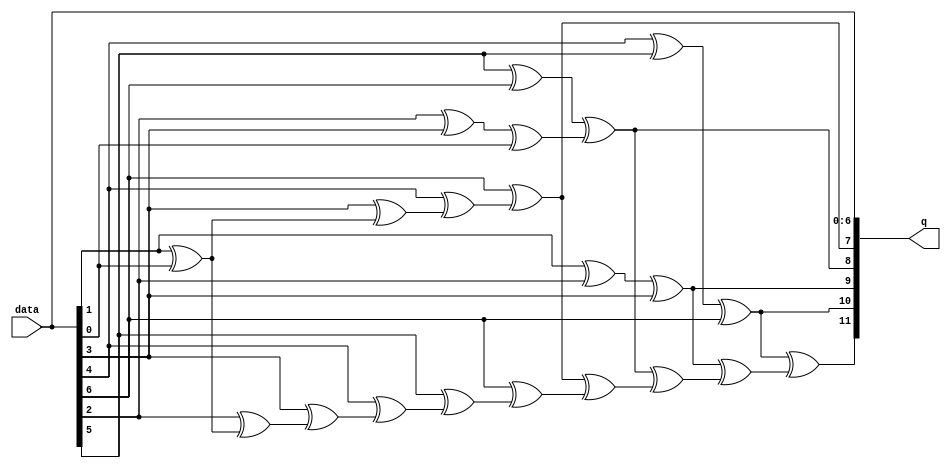
// megafunction wizard: %ALTECC%
// GENERATION: STANDARD
// VERSION: WM1.0
// MODULE: altecc_encoder 

// ============================================================
// Megafunction Name(s):
// 			altecc_encoder
//
// Simulation Library Files(s):
// 			
// ============================================================
// ************************************************************
// THIS IS A WIZARD-GENERATED FILE. DO NOT EDIT THIS FILE!
//
// 18.1.0 Build 625 09/12/2018 SJ Lite Edition
// ************************************************************


//Copyright (C) 2018  Intel Corporation. All rights reserved.
//Your use of Intel Corporation's design tools, logic functions 
//and other software and tools, and its AMPP partner logic 
//functions, and any output files from any of the foregoing 
//(including device programming or simulation files), and any 
//associated documentation or information are expressly subject 
//to the terms and conditions of the Intel Program License 
//Subscription Agreement, the Intel Quartus Prime License Agreement,
//the Intel FPGA IP License Agreement, or other applicable license
//agreement, including, without limitation, that your use is for
//the sole purpose of programming logic devices manufactured by
//Intel and sold by Intel or its authorized distributors.  Please
//refer to the applicable agreement for further details.


//altecc_encoder CBX_AUTO_BLACKBOX="ALL" device_family="Cyclone V" lpm_pipeline=0 width_codeword=12 width_dataword=7 data q
//VERSION_BEGIN 18.1 cbx_altecc_encoder 2018:09:12:13:04:24:SJ cbx_mgl 2018:09:12:13:10:36:SJ  VERSION_END
// synthesis VERILOG_INPUT_VERSION VERILOG_2001
// altera message_off 10463


//synthesis_resources = 
//synopsys translate_off
`timescale 1 ps / 1 ps
//synopsys translate_on
module  HammingIP_Enc_altecc_encoder_96b
	( 
	data,
	q) ;
	input   [6:0]  data;
	output   [11:0]  q;

	wire  [6:0]  data_wire;
	wire  [4:0]  parity_01_wire;
	wire  [2:0]  parity_02_wire;
	wire  [0:0]  parity_03_wire;
	wire  [0:0]  parity_04_wire;
	wire  [10:0]  parity_final_wire;
	wire  [11:0]  q_wire;

	assign
		data_wire = data,
		parity_01_wire = {(data_wire[6] ^ parity_01_wire[3]), (data_wire[4] ^ parity_01_wire[2]), (data_wire[3] ^ parity_01_wire[1]), (data_wire[1] ^ parity_01_wire[0]), data_wire[0]},
		parity_02_wire = {((data_wire[5] ^ data_wire[6]) ^ parity_02_wire[1]), ((data_wire[2] ^ data_wire[3]) ^ parity_02_wire[0]), data_wire[0]},
		parity_03_wire = {((data_wire[1] ^ data_wire[2]) ^ data_wire[3])},
		parity_04_wire = {((data_wire[4] ^ data_wire[5]) ^ data_wire[6])},
		parity_final_wire = {(q_wire[10] ^ parity_final_wire[9]), (q_wire[9] ^ parity_final_wire[8]), (q_wire[8] ^ parity_final_wire[7]), (q_wire[7] ^ parity_final_wire[6]), (q_wire[6] ^ parity_final_wire[5]), (q_wire[5] ^ parity_final_wire[4]), (q_wire[4] ^ parity_final_wire[3]), (q_wire[3] ^ parity_final_wire[2]), (q_wire[2] ^ parity_final_wire[1]), (q_wire[1] ^ parity_final_wire[0]), q_wire[0]},
		q = q_wire,
		q_wire = {parity_final_wire[10], parity_04_wire[0], parity_03_wire[0], parity_02_wire[2], parity_01_wire[4], data_wire};
endmodule //HammingIP_Enc_altecc_encoder_96b
//VALID FILE


// synopsys translate_off
`timescale 1 ps / 1 ps
// synopsys translate_on
module HammingIP_Enc (
	data,
	q);

	input	[6:0]  data;
	output	[11:0]  q;

	wire [11:0] sub_wire0;
	wire [11:0] q = sub_wire0[11:0];

	HammingIP_Enc_altecc_encoder_96b	HammingIP_Enc_altecc_encoder_96b_component (
				.data (data),
				.q (sub_wire0));

endmodule

// ============================================================
// CNX file retrieval info
// ============================================================
// Retrieval info: PRIVATE: INTENDED_DEVICE_FAMILY STRING "Cyclone V"
// Retrieval info: PRIVATE: SYNTH_WRAPPER_GEN_POSTFIX STRING "0"
// Retrieval info: LIBRARY: altera_mf altera_mf.altera_mf_components.all
// Retrieval info: CONSTANT: INTENDED_DEVICE_FAMILY STRING "Cyclone V"
// Retrieval info: CONSTANT: lpm_pipeline NUMERIC "0"
// Retrieval info: CONSTANT: width_codeword NUMERIC "12"
// Retrieval info: CONSTANT: width_dataword NUMERIC "7"
// Retrieval info: USED_PORT: data 0 0 7 0 INPUT NODEFVAL "data[6..0]"
// Retrieval info: USED_PORT: q 0 0 12 0 OUTPUT NODEFVAL "q[11..0]"
// Retrieval info: CONNECT: @data 0 0 7 0 data 0 0 7 0
// Retrieval info: CONNECT: q 0 0 12 0 @q 0 0 12 0
// Retrieval info: GEN_FILE: TYPE_NORMAL HammingIP_Enc.v TRUE
// Retrieval info: GEN_FILE: TYPE_NORMAL HammingIP_Enc.inc FALSE
// Retrieval info: GEN_FILE: TYPE_NORMAL HammingIP_Enc.cmp FALSE
// Retrieval info: GEN_FILE: TYPE_NORMAL HammingIP_Enc.bsf FALSE
// Retrieval info: GEN_FILE: TYPE_NORMAL HammingIP_Enc_inst.v FALSE
// Retrieval info: GEN_FILE: TYPE_NORMAL HammingIP_Enc_bb.v TRUE